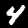
Digit: 4